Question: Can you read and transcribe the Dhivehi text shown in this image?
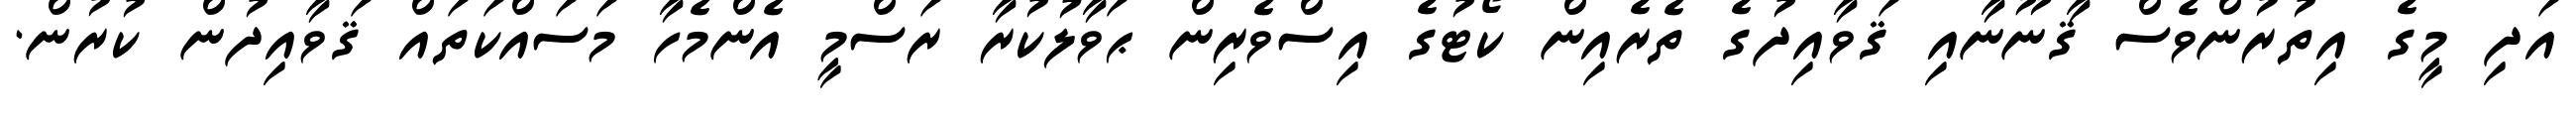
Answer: އަދި މީގެ އިތުރުންވެސް ޤާނޫނާއި ޤަވާއިދުގެ ތެރެއިން ކޯޓުގެ އިސްވެރިން ޙަވާލުކުރާ ރަސްމީ އެންމެހާ މަސައްކަތައް ޤަވާއިދުން ކުރުން.